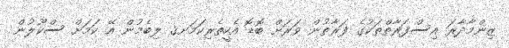
ޒިންމާދާރަ އިސްފަރާތްތަކުގެ ފަރާތުން ވަރަށް ބޮޑޮ އެހީތެރިކަމަށޤ ލިބެމުން އޭ ކަމަށް ސްކޫލުން